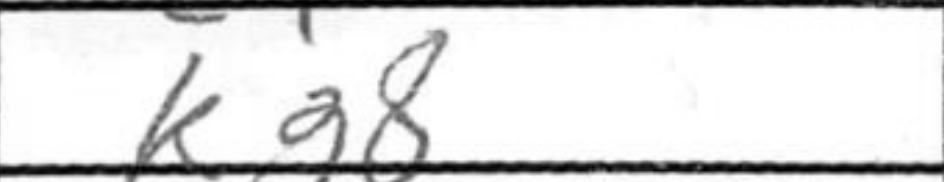
Transcription: Kg8